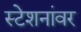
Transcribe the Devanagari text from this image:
स्टेशनांवर